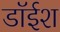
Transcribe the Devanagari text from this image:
डॉईश